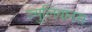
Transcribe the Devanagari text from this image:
ज्युलियानस